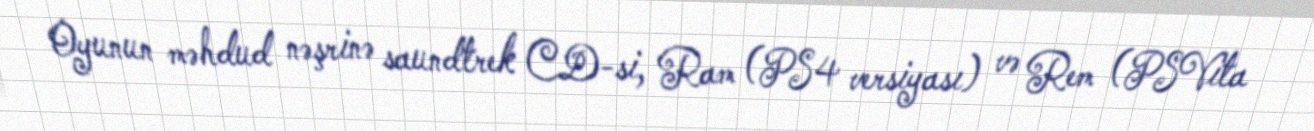
Oyunun məhdud nəşrinə saundtrek CD-si, Ram (PS4 versiyası) və Rem (PSVita